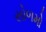
સોળમો